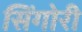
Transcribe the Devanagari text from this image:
सिंगोरी